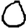
Digit: 0